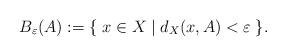
LaTeX: \begin{align*} B_\varepsilon(A) := \{\; x \in X \mid d_X(x,A) < \varepsilon\;\}. \end{align*}